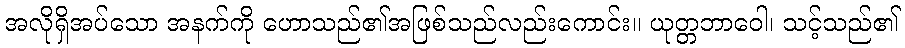
အလိုရှိအပ်သော အနက်ကို ဟောသည်၏အဖြစ်သည်လည်းကောင်း။ ယုတ္တဘာဝေါ၊ သင့်သည်၏